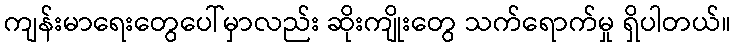
ကျန်းမာရေးတွေပေါ်မှာလည်း ဆိုးကျိုးတွေ သက်ရောက်မှု ရှိပါတယ်။